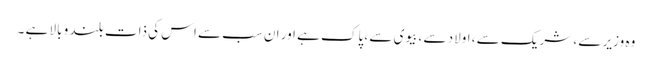
وہ وزیر سے ، شریک سے ، اولاد سے ، بیوی سے ، پاک ہے اور ان سب سے اس کی ذات بلند و بالا ہے ۔